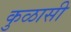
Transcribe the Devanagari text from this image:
कुळासी